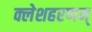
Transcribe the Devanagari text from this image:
क्लेशहरणम्